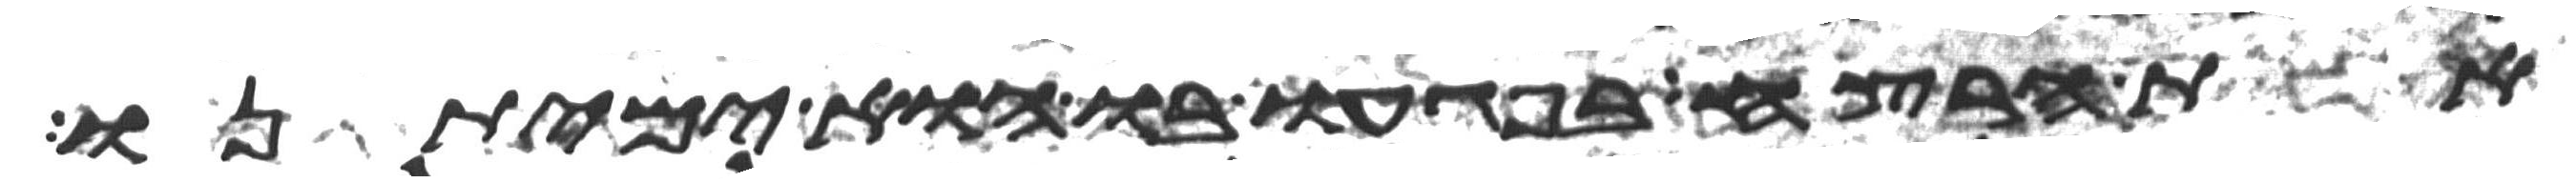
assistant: את הרצח בפגעו בו הוא ימיתנו